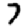
Digit: 7